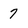
Character: 7